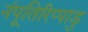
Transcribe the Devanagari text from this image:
नंपूतिरिप्पाडु